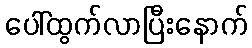
ပေါ်ထွက်လာပြီးနောက်